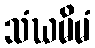
သံဃမိမံ